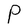
Character: P